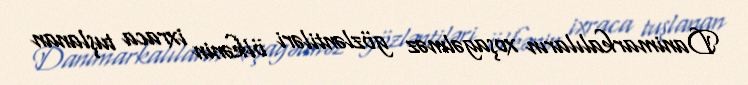
Danimarkalıların xoşagəlməz gözləntiləri ölkənin ixraca tuşlanan